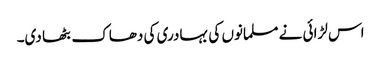
اس لڑائی نے مسلمانوں کی بہادری کی دھاک بٹھا دی۔